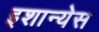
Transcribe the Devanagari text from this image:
इशान्येस